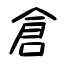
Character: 倉